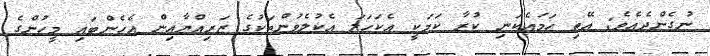
ނުގެންދެއެވެ; އޭތި ހަމައެކަނި ކުރާ ކަމަކީ އެކަހަލަ އެކުލެވުންތަކުގެ ޒަރިއްޔާއިން އެހެންބައި މީހުންގެ